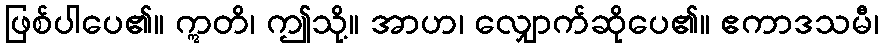
ဖြစ်ပါပေ၏။ ဣတိ၊ ဤသို့။ အာဟ၊ လျှောက်ဆိုပေ၏။ ဧကာဒသမီ၊